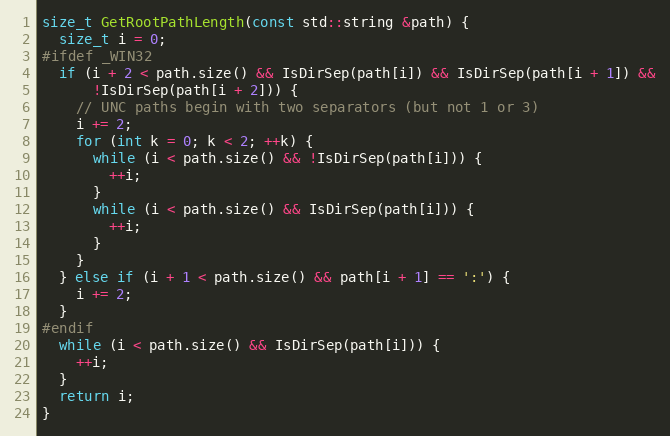
Language: C++
size_t GetRootPathLength(const std::string &path) {
  size_t i = 0;
#ifdef _WIN32
  if (i + 2 < path.size() && IsDirSep(path[i]) && IsDirSep(path[i + 1]) &&
      !IsDirSep(path[i + 2])) {
    // UNC paths begin with two separators (but not 1 or 3)
    i += 2;
    for (int k = 0; k < 2; ++k) {
      while (i < path.size() && !IsDirSep(path[i])) {
        ++i;
      }
      while (i < path.size() && IsDirSep(path[i])) {
        ++i;
      }
    }
  } else if (i + 1 < path.size() && path[i + 1] == ':') {
    i += 2;
  }
#endif
  while (i < path.size() && IsDirSep(path[i])) {
    ++i;
  }
  return i;
}